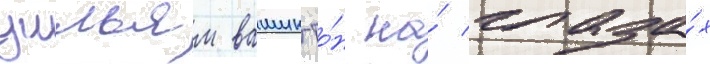
уильям вашингто́н на́ глаза́х